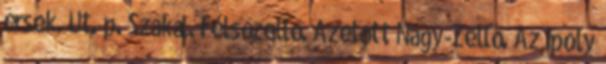
érsek. Ut. p. Szakál. Felsőzellő. Azelőtt Nagy-Zellő. Az Ipoly